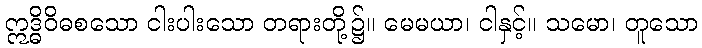
ဣဒ္ဓိဝိဓစသော ငါးပါးသော တရားတို့၌။ မေမယာ၊ ငါနှင့်။ သမော၊ တူသော